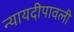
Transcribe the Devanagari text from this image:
न्यायदीपावली